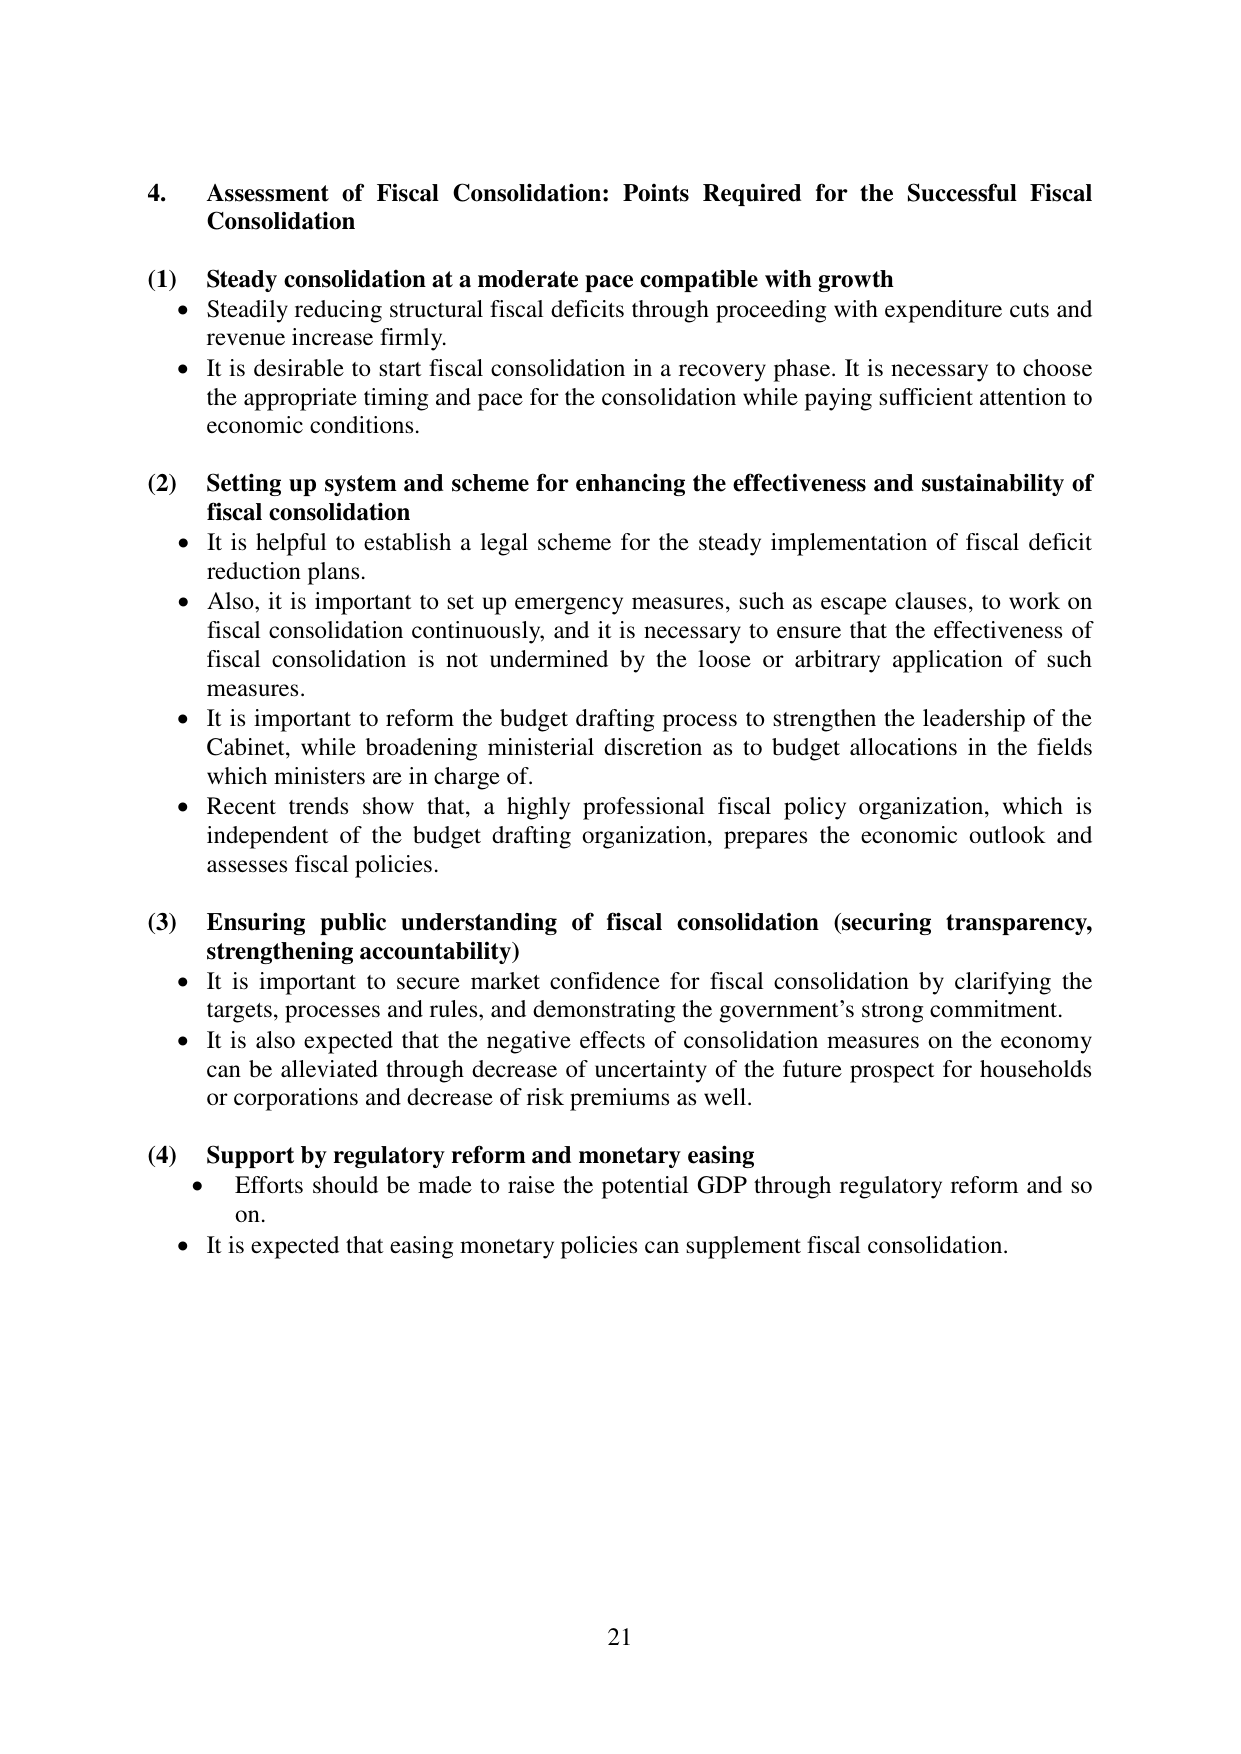
4. Assessment of Fiscal Consolidation: Points Required for the Successful Fiscal Consolidation

(1) Steady consolidation at a moderate pace compatible with growth
• Steadily reducing structural fiscal deficits through proceeding with expenditure cuts and revenue increase firmly.
• It is desirable to start fiscal consolidation in a recovery phase. It is necessary to choose the appropriate timing and pace for the consolidation while paying sufficient attention to economic conditions.

(2) Setting up system and scheme for enhancing the effectiveness and sustainability of fiscal consolidation
• It is helpful to establish a legal scheme for the steady implementation of fiscal deficit reduction plans.
• Also, it is important to set up emergency measures, such as escape clauses, to work on fiscal consolidation continuously, and it is necessary to ensure that the effectiveness of fiscal consolidation is not undermined by the loose or arbitrary application of such measures.
• It is important to reform the budget drafting process to strengthen the leadership of the Cabinet, while broadening ministerial discretion as to budget allocations in the fields which ministers are in charge of.
• Recent trends show that, a highly professional fiscal policy organization, which is independent of the budget drafting organization, prepares the economic outlook and assesses fiscal policies.

(3) Ensuring public understanding of fiscal consolidation (securing transparency, strengthening accountability)
• It is important to secure market confidence for fiscal consolidation by clarifying the targets, processes and rules, and demonstrating the government’s strong commitment.
• It is also expected that the negative effects of consolidation measures on the economy can be alleviated through decrease of uncertainty of the future prospect for households or corporations and decrease of risk premiums as well.

(4) Support by regulatory reform and monetary easing
• Efforts should be made to raise the potential GDP through regulatory reform and so on.
• It is expected that easing monetary policies can supplement fiscal consolidation.

21